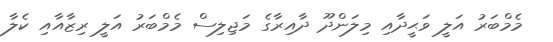
މެމްބަރު އަލީ ވަޙީދާއި މިލަންދޫ ދާއިރާގެ މަޖިލިސް މެމްބަރު އަލީ ރިޒާއާއި ކެލާ